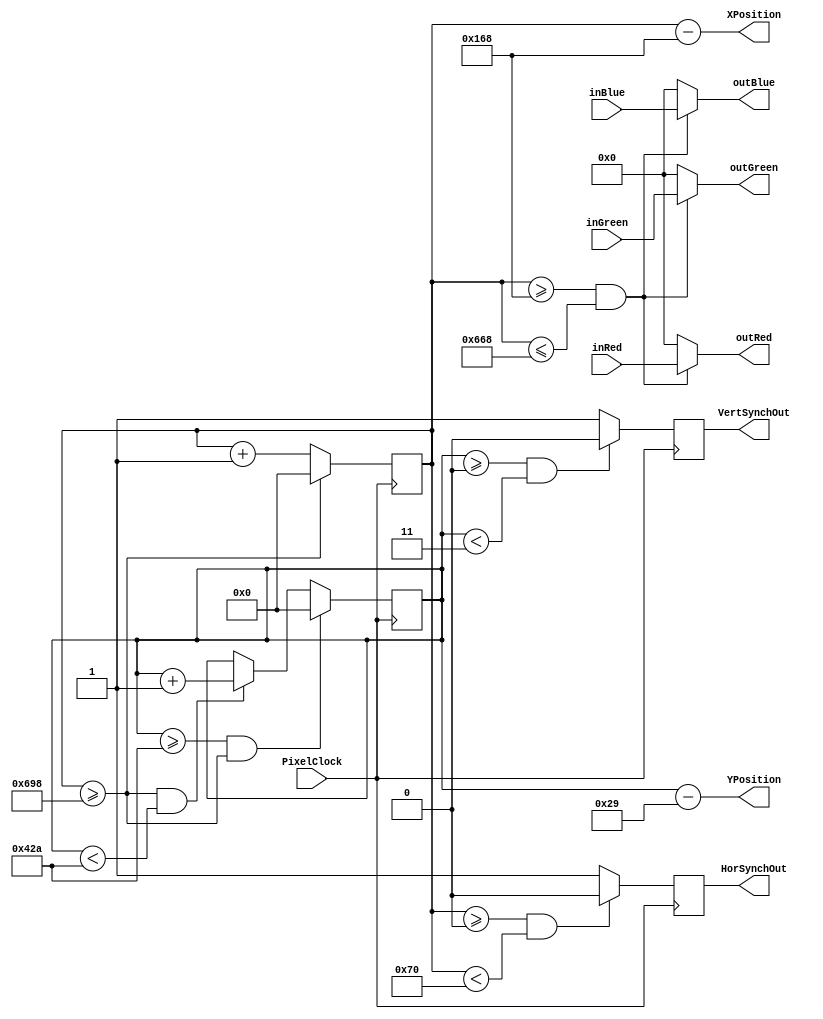
module VGAController (PixelClock,
							 inRed,
							 inGreen,
							 inBlue,
							 outRed,
							 outGreen,
							 outBlue,
							 VertSynchOut,
							 HorSynchOut,
							 XPosition,
							 YPosition);
//======================================================= 
// Parameter Declarations 				
//=======================================================
// Parameters are set for a 1280 by 1024 pixel monitor running at 60 frames per second
// X Screen Constants	 
parameter XLimit = 1688;
parameter XVisible = 1280;
parameter XSynchPulse = 112;
parameter XBackPorch = 248;
// Y Screen Constants
parameter YLimit = 1066;
parameter YVisible = 1024;
parameter YSynchPulse = 3;
parameter YBackPorch = 38;

//=======================================================			 
// Port Declarations 				
//=======================================================
input PixelClock;
input [7:0] inRed;
input [7:0] inGreen;
input [7:0] inBlue;
output [7:0] outRed;
output [7:0] outGreen;
output [7:0] outBlue;
output VertSynchOut;
output HorSynchOut;
output [10:0] XPosition;
output [10:0] YPosition;

//========================================================
// REG/WIRE declarations
//========================================================

reg [10:0] XTiming;
reg [10:0] YTiming;
reg HorSynch;
reg VertSynch;

//========================================================
// Structural coding
//========================================================
assign XPosition = XTiming - (XSynchPulse + XBackPorch);
assign YPosition = YTiming - (YSynchPulse + YBackPorch);


always@(posedge PixelClock)// Control X Timing
begin
	if (XTiming >= XLimit)
		XTiming <= 11'd0;
	else
		XTiming <= XTiming + 1;
end
	
always@(posedge PixelClock)// Control Y Timing
begin
	if (YTiming >= YLimit && XTiming >= XLimit)
		YTiming <= 11'd0;
	else if (XTiming >= XLimit && YTiming < YLimit)
		YTiming <= YTiming + 1;
	else
		YTiming <= YTiming;
end

always@(posedge PixelClock)// Control Vertical Synch Signal
begin
	if (YTiming >= 0 && YTiming < YSynchPulse)
		VertSynch <= 1'b0;
	else
		VertSynch <= 1'b1;
end
	
always@(posedge PixelClock)// Control Horizontal Synch Signal
begin
	if (XTiming >= 0 && XTiming < XSynchPulse)
		HorSynch <= 1'b0;
	else
		HorSynch <= 1'b1;
end
	
// Draw black in off screen areas of screen
assign outRed = (XTiming >= (XSynchPulse + XBackPorch) && XTiming <= (XSynchPulse + XBackPorch + XVisible)) ? inRed : 8'b0;
assign outGreen = (XTiming >= (XSynchPulse + XBackPorch) && XTiming <= (XSynchPulse + XBackPorch + XVisible)) ? inGreen : 8'b0;
assign outBlue = (XTiming >= (XSynchPulse + XBackPorch) && XTiming <= (XSynchPulse + XBackPorch + XVisible)) ? inBlue : 8'b0;

assign VertSynchOut = VertSynch;
assign HorSynchOut = HorSynch;


// Initialization registers block
initial
begin
	XTiming = 11'b0;
	YTiming = 11'b0;
	HorSynch = 1'b1;
	VertSynch = 1'b1;
end
	
	
endmodule